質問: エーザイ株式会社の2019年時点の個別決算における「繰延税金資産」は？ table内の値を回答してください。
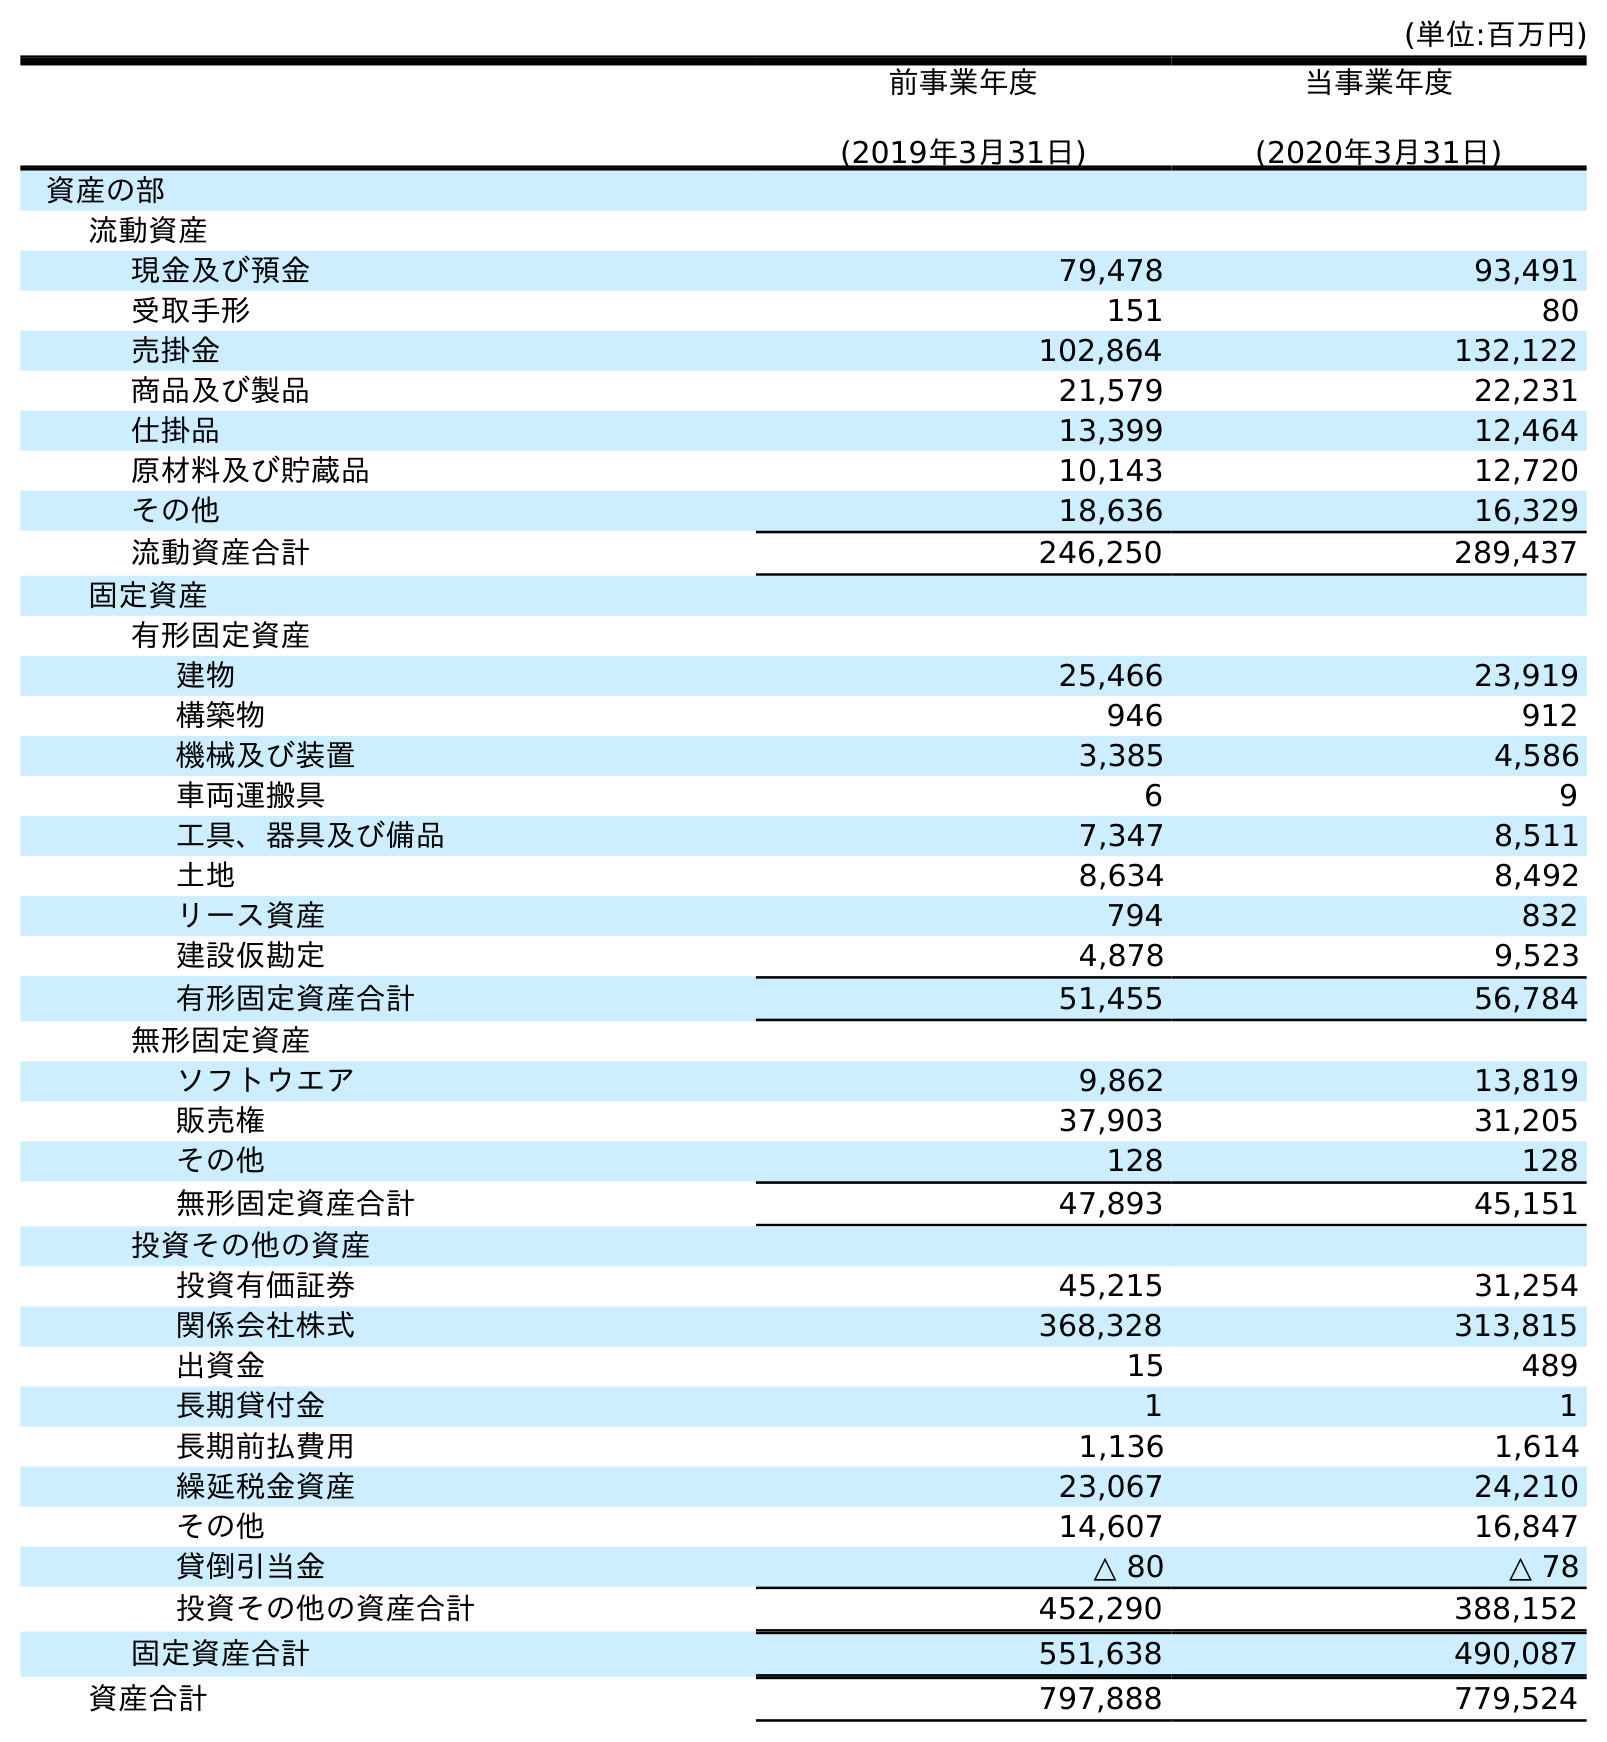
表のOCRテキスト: (単位:百万円) 前事業年度 (2019年3月31日) 当事業年度 (2020年3月31日) 資産の部 流動資産 現金及び預金 79,478 93,491 受取手形 151 80 売掛金 102,864 132,122 商品及び製品 21,579 22,231 仕掛品 13,399 12,464 原材料及び貯蔵品 10,143 12,720 その他 18,636 16,329 流動資産合計 246,250 289,437 固定資産 有形固定資産 建物 25,466 23,919 構築物 946 912 機械及び装置 3,385 4,586 車両運搬具 6 9 工具、器具及び備品 7,347 8,511 土地 8,634 8,492 リース資産 794 832 建設仮勘定 4,878 9,523 有形固定資産合計 51,455 56,784 無形固定資産 ソフトウエア 9,862 13,819 販売権 37,903 31,205 その他 128 128 無形固定資産合計 47,893 45,151 投資その他の資産 投資有価証券 45,215 31,254 関係会社株式 368,328 313,815 出資金 15 489 長期貸付金 1 1 長期前払費用 1,136 1,614 繰延税金資産 23,067 24,210 その他 14,607 16,847 貸倒引当金 △ 80 △ 78 投資その他の資産合計 452,290 388,152 固定資産合計 551,638 490,087 資産合計 797,888 779,524
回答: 23,067